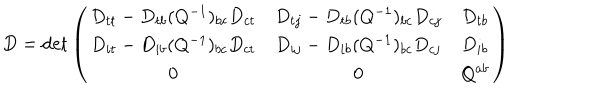
D = \det \left( \begin{array} { c c c } { { D _ { t t } - D _ { t b } ( Q ^ { - 1 } ) _ { b c } D _ { c t } } } & { { D _ { t j } - D _ { t b } ( Q ^ { - 1 } ) _ { b c } D _ { c j } } } & { { D _ { t b } } } \\ { { D _ { i t } - D _ { i b } ( Q ^ { - 1 } ) _ { b c } D _ { c t } } } & { { D _ { i j } - D _ { i b } ( Q ^ { - 1 } ) _ { b c } D _ { c j } } } & { { D _ { i b } } } \\ { { 0 } } & { { 0 } } & { { Q ^ { a b } } } \\ \end{array} \right)